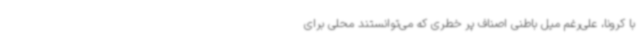
با کرونا، علی‌رغم میل باطنی اصناف پر خطری که می‌توانستند محلی برای